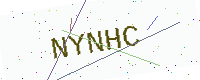
Text: NYNHC